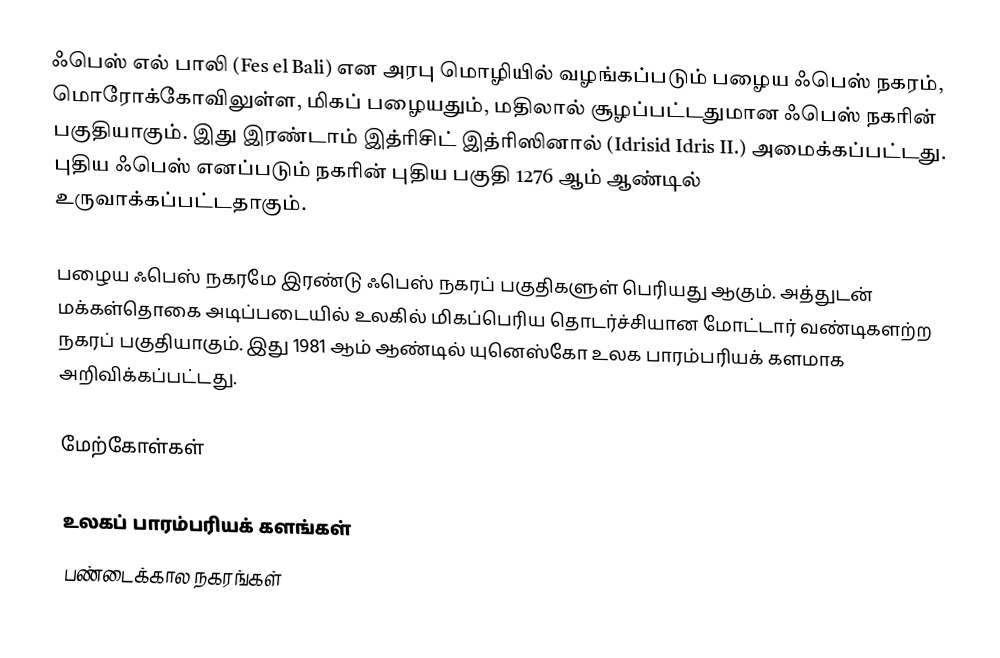
ஃபெஸ் எல் பாலி (Fes el Bali) என அரபு மொழியில் வழங்கப்படும் பழைய ஃபெஸ் நகரம், மொரோக்கோவிலுள்ள, மிகப் பழையதும், மதிலால் சூழப்பட்டதுமான ஃபெஸ் நகரின் பகுதியாகும். இது இரண்டாம் இத்ரிசிட் இத்ரிஸினால் (Idrisid Idris II.) அமைக்கப்பட்டது. புதிய ஃபெஸ் எனப்படும் நகரின் புதிய பகுதி 1276 ஆம் ஆண்டில் உருவாக்கப்பட்டதாகும்.

பழைய ஃபெஸ் நகரமே இரண்டு ஃபெஸ் நகரப் பகுதிகளுள் பெரியது ஆகும். அத்துடன் மக்கள்தொகை அடிப்படையில் உலகில் மிகப்பெரிய தொடர்ச்சியான மோட்டார் வண்டிகளற்ற நகரப் பகுதியாகும். இது 1981 ஆம் ஆண்டில் யுனெஸ்கோ உலக பாரம்பரியக் களமாக அறிவிக்கப்பட்டது.

மேற்கோள்கள்

உலகப் பாரம்பரியக் களங்கள்
பண்டைக்கால நகரங்கள்